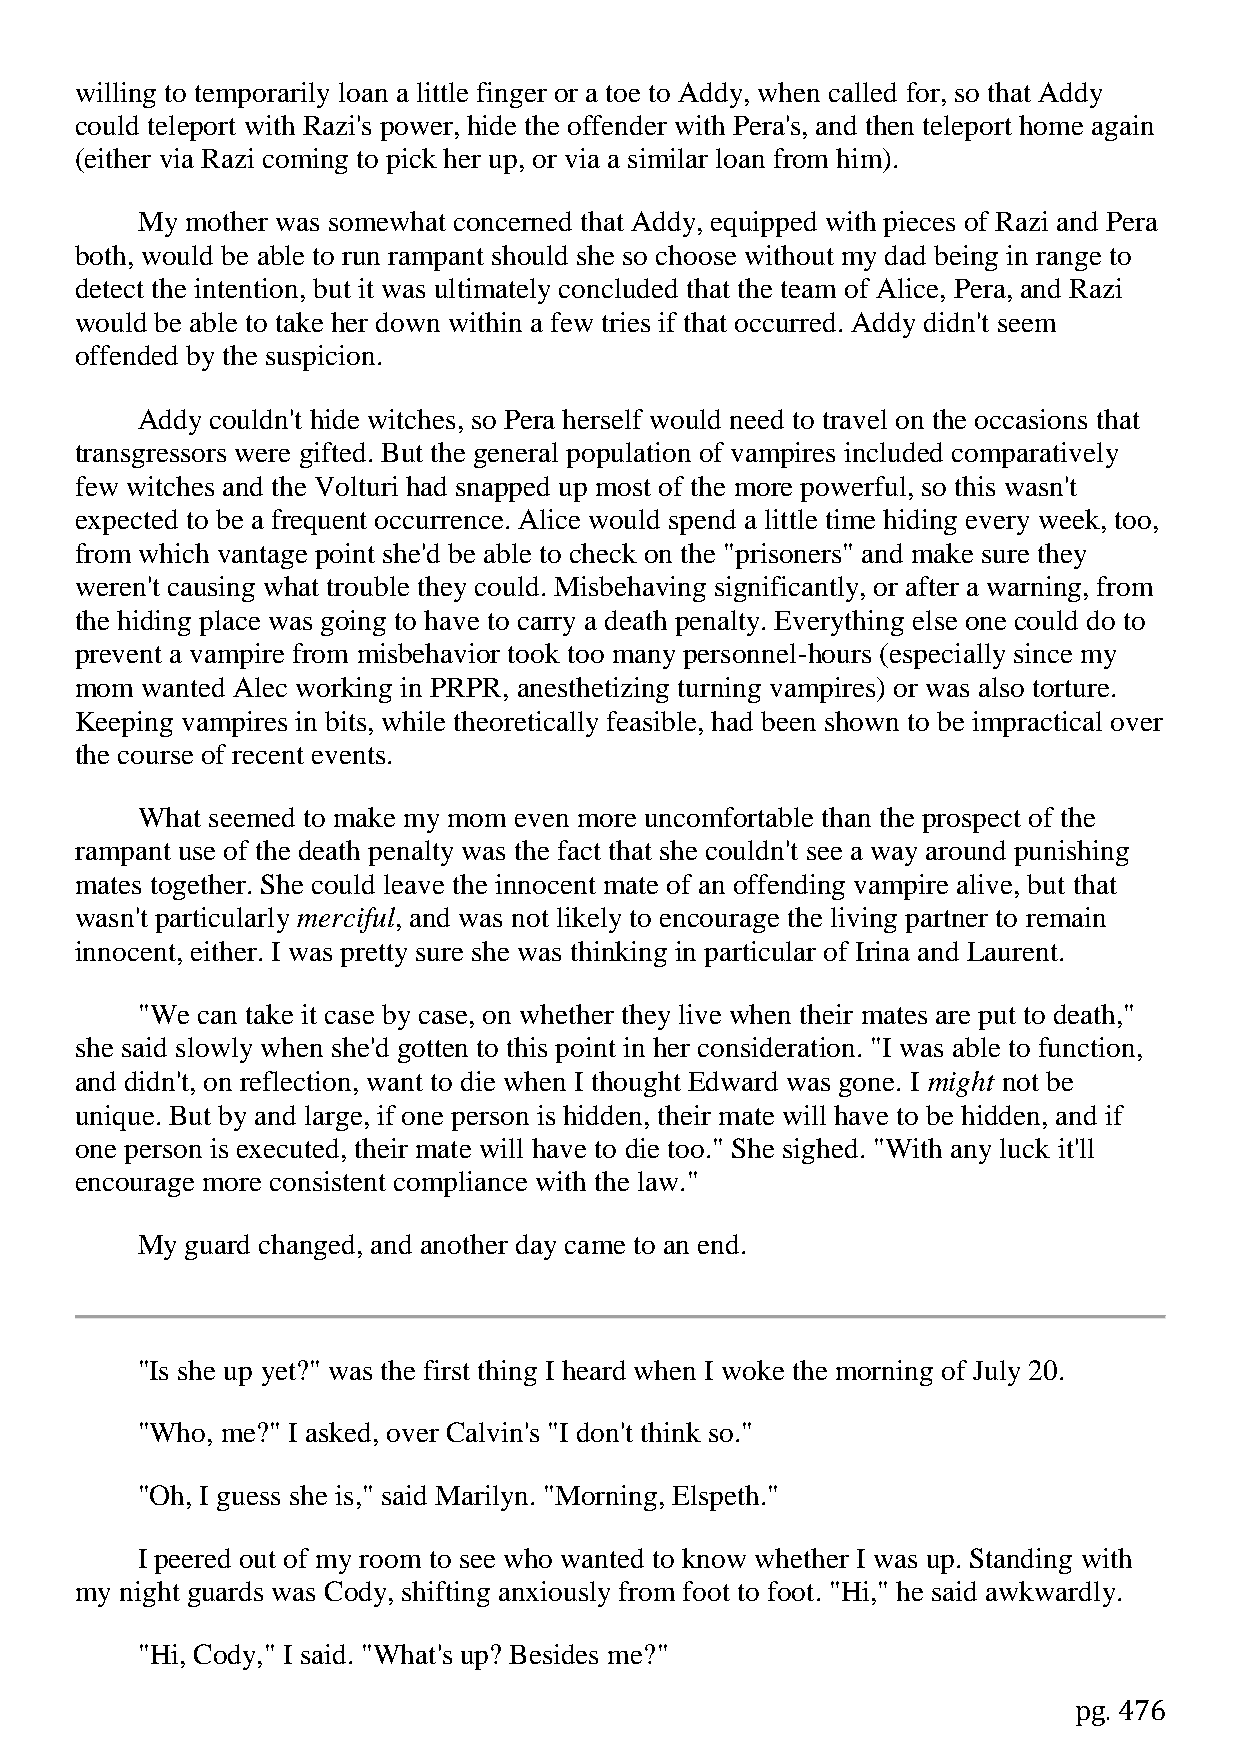
willing to temporarily loan a little finger or a toe to Addy, when called for, so that Addy
 could teleport with Razi's power, hide the offender with Pera's, and then teleport home again
 (either via Razi coming to pick her up, or via a similar loan from him).
 My mother was somewhat concerned that Addy, equipped with pieces of Razi and Pera
 both, would be able to run rampant should she so choose without my dad being in range to
 detect the intention, but it was ultimately concluded that the team of Alice, Pera, and Razi
 would be able to take her down within a few tries if that occurred. Addy didn't seem
 offended by the suspicion.
 Addy couldn't hide witches, so Pera herself would need to travel on the occasions that
 transgressors were gifted. But the general population of vampires included comparatively
 few witches and the Volturi had snapped up most of the more powerful, so this wasn't
 expected to be a frequent occurrence. Alice would spend a little time hiding every week, too,
 from which vantage point she'd be able to check on the "prisoners" and make sure they
 weren't causing what trouble they could. Misbehaving significantly, or after a warning, from
 the hiding place was going to have to carry a death penalty. Everything else one could do to
 prevent a vampire from misbehavior took too many personnel-hours (especially since my
 mom wanted Alec working in PRPR, anesthetizing turning vampires) or was also torture.
 Keeping vampires in bits, while theoretically feasible, had been shown to be impractical over
 the course of recent events.
 What seemed to make my mom even more uncomfortable than the prospect of the
 rampant use of the death penalty was the fact that she couldn't see a way around punishing
 mates together. She could leave the innocent mate of an offending vampire alive, but that
 wasn't particularly merciful, and was not likely to encourage the living partner to remain
 innocent, either. I was pretty sure she was thinking in particular of Irina and Laurent.
 "We can take it case by case, on whether they live when their mates are put to death,"
 she said slowly when she'd gotten to this point in her consideration. "I was able to function,
 and didn't, on reflection, want to die when I thought Edward was gone. I might not be
 unique. But by and large, if one person is hidden, their mate will have to be hidden, and if
 one person is executed, their mate will have to die too." She sighed. "With any luck it'll
 encourage more consistent compliance with the law."
 My guard changed, and another day came to an end.
 "Is she up yet?" was the first thing I heard when I woke the morning of July 20.
 "Who, me?" I asked, over Calvin's "I don't think so."
 "Oh, I guess she is," said Marilyn. "Morning, Elspeth."
 I peered out of my room to see who wanted to know whether I was up. Standing with
 my night guards was Cody, shifting anxiously from foot to foot. "Hi," he said awkwardly.
 "Hi, Cody," I said. "What's up? Besides me?"
 pg. 476